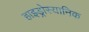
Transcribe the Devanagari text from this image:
हाइड्रोस्यानिक